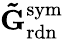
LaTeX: \mathbf{\tilde{G}}_{\mathrm{rdn}}^{\mathrm{sym}}